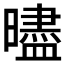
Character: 𰖵